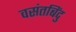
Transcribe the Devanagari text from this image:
वसंतबिंदु